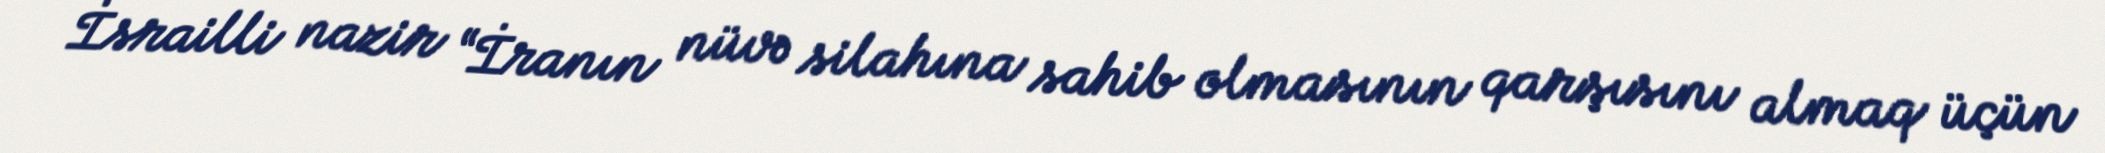
İsrailli nazir “İranın nüvə silahına sahib olmasının qarşısını almaq üçün